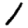
Digit: 1